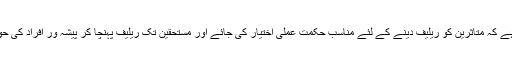
ضرورت اس اَمر کی ہے کہ متاثرین کو ریلیف دینے کے لئے مناسب حکمت عملی اختیار کی جائے اور مستحقین تک ریلیف پہنچا کر پیشہ ور افراد کی حوصلہ شکنی کی جائے۔